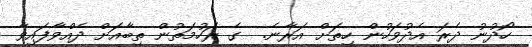
ހޯދުނު ދެރަ އެދުވަހުން ހިތަށް އަރާނެ.  ގެ ރަހުމަތުން ތިބާއަށް ދެއްވާފައިވާ